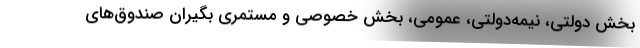
بخش دولتی، نیمه‌دولتی، عمومی، بخش خصوصی و مستمری بگیران صندوق‌های